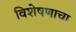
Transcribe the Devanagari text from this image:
विशेषणाचा